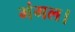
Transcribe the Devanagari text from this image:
मंगल।